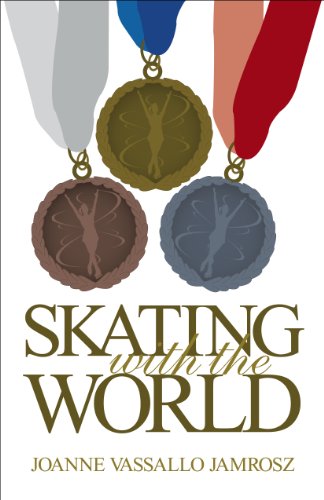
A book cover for Skating With The World (Skating Forward); Joanne Jamrosz; Children's Books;